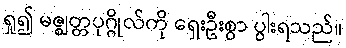
ရှု၍ မဇ္ဈတ္တပုဂ္ဂိုလ်ကို ရှေးဦးစွာ ပွါးရသည်။